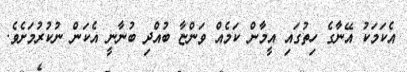
އެކަމަކު އޭނާގެ ހިތުގައި އީމާން ކަމެއް ވަންޏާ ބުއްދި ބުނާނީ އެކަން ނުކުރުމަށެވެ.